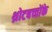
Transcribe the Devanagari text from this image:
थ्रोटबच्चोंके